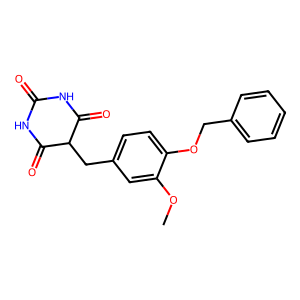
SMILES: COc1cc(CC2C(=O)NC(=O)NC2=O)ccc1OCc1ccccc1
Inhibits HIV replication: No